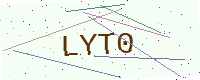
Text: LYT0